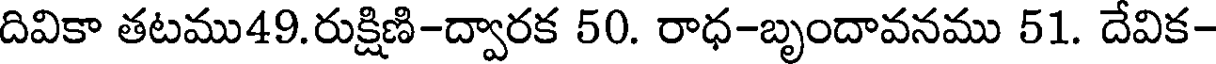
దివికా తటము49.రుక్షిణి-ద్వారక 50. రాధ-బృందావనము 51. దేవిక-